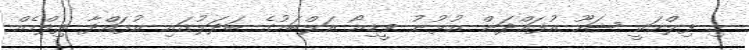
މި ފިލްމަކީ ޝަހޫ އުފައްދަން އުޅުނު ވީޑިއޯ އަލްބަމުގެ ބަދަލުގައި އުފައްދާ ފިލްމެއް